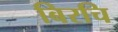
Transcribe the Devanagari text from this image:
बिरचि